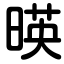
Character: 暎